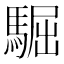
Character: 𩤓